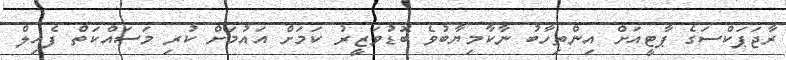
ރާޖަޕަކްސަގެ ޕާޓީއަށް އިންތިހާބު ނާކާމިޔާބުވެ ބޮޑުވަޒީރު ކަމަށް އައުމަށް ކުރި މަސައްކަތް ފެއިލް